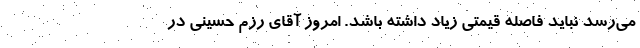
می‌رسد نباید فاصله قیمتی زیاد داشته باشد. امروز آقای رزم حسینی در